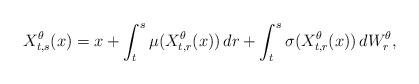
LaTeX: \begin{align*}X_{t,s}^\theta(x)= x+\int_{t}^s \mu(X_{t,r}^\theta(x))\,dr +\int_t^s \sigma(X_{t,r}^\theta(x))\,dW_r^\theta,\end{align*}